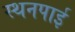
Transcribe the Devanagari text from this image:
स्थनपाई